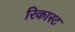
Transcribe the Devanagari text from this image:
रिकास्ट